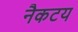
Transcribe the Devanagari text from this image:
नैकटय